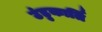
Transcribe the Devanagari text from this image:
उंडुकार्ति